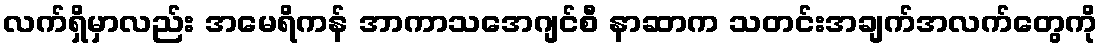
လက်ရှိမှာလည်း အမေရိကန် အာကာသအေဂျင်စီ နာဆာက သတင်းအချက်အလက်တွေကို